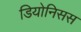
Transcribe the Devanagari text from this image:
डियोनिसस